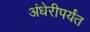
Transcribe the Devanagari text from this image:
अंधेरीपर्यंत